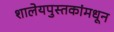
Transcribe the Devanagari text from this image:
शालेयपुस्तकांमधून